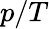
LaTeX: p/T